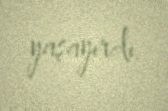
yaşayırdı.